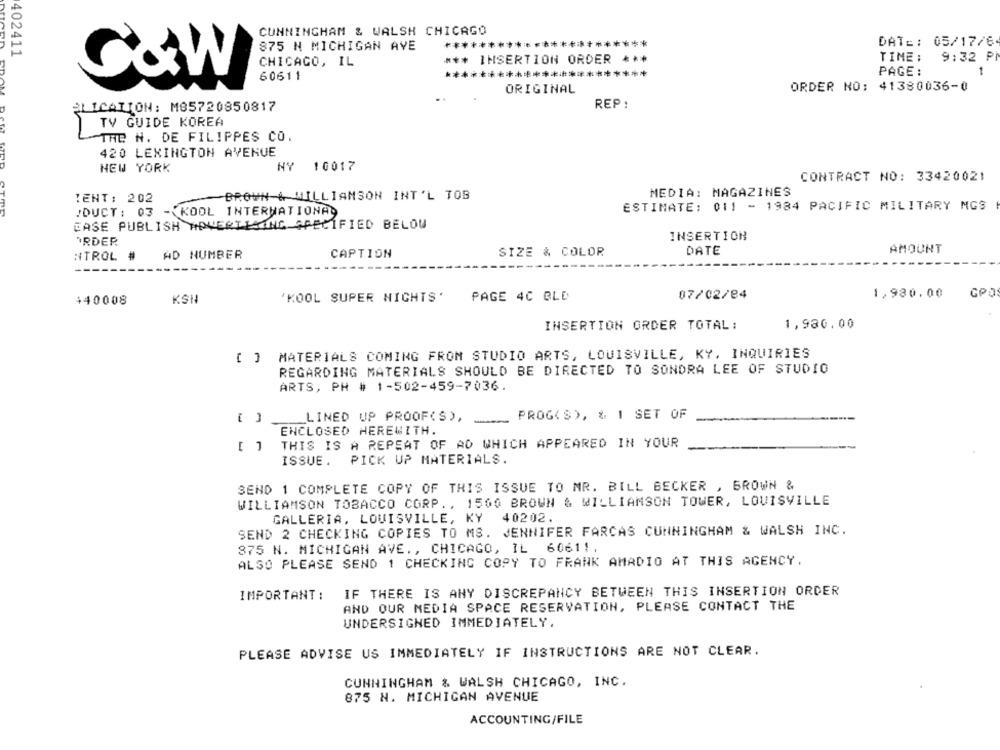
CUNNINGHAM & WALSH CHICAGO
875 N MICHIGAN AVE
*****
*****************
DATE: 05/17/64
402411
***
INSERTION ORDER ***
TIME :
9:32 PM
CHICAGO, IL
*******************
PAGE :
G&W
60611
ORIGINAL
ORDER NO: 41380036-0
REP:
PLICATION: M85720850817
TV GUIDE KOREA
THE N. DE FILIPPES CO.
420 LEXINGTON AVENUE
NEW YORK
NY 10017
CONTRACT NO: 33420021
BROWN- WILLIAMSON INT'L TOB
MEDIA: MAGAZINES
TENT: 202
!DUCT : 03 - KOOL INTERNATIONAD
ESTIMATE: 011 - 1984 PACIFIC MILITARY MGS
CASE PUBLISH ADVERTISING SPECIFIED BELOW
ORDER
INSERTION
NTROL
#
AD NUMBER
CAPTION
SIZE & COLOR
DATE
AMOUNT
GPO
440008
KSH
'KOOL SUPER NICHTS'
PAGE 4C BLD
07/02/84
1,980.00
INSERTION ORDER TOTAL:
1,980.00
MATERIALS COMING FROM STUDIO ARTS, LOUISVILLE, KY, INQUIRIES
REGARDING MATERIALS SHOULD BE DIRECTED TO SONDRA LEE OF STUDIO
ARTS, PH # 1-502-459-7036.
-
LINED UP PROOF(S),
PROG(S), & 1 SET OF
ENCLOSED HEREWITH.
THIS IS A REPEAT OF AD WHICH APPEARED IN YOUR
ISSUE. PICK UP MATERIALS.
SEND 1 COMPLETE COPY OF THIS ISSUE TO MR. BILL BECKER , BROWN &
WILLIAMSON TOBACCO CORP ., 1500 BROWN & WILLIAMSON TOWER, LOUISVILLE
GALLERIA, LOUISVILLE, KY 40202.
SEND 2 CHECKING COPIES TO MS. JENNIFER FARCAS CUNNINGHAM & WALSH INC.
875 N. MICHIGAN AVE ., CHICAGO, IL 60611,
ALSO PLEASE SEND 1 CHECKING COPY TO FRANK AMADIO AT THIS AGENCY.
IF THERE IS ANY DISCREPANCY BETWEEN THIS INSERTION ORDER
IMPORTANT :
AND OUR MEDIA SPACE RESERVATION, PLEASE CONTACT THE
UNDERSIGNED IMMEDIATELY.
PLEASE ADVISE US IMMEDIATELY IF INSTRUCTIONS ARE NOT CLEAR.
CUNNINGHAM & WALSH CHICAGO, INC.
875 N. MICHIGAN AVENUE
ACCOUNTING/FILE